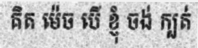
គិត ម៉េច បើ ខ្ញុំ ចង់ ក្បត់